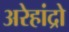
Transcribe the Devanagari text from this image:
अरेहांद्रो